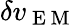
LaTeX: \delta v_{\mathrm{~E~M~}}